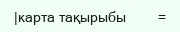
|карта тақырыбы        =